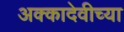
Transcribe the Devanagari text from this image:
अक्कादेवीच्या